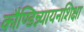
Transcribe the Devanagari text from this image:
काैण्डिन्न्यायनशिक्षा